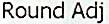
ROUND ADJ